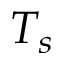
T _ { s }